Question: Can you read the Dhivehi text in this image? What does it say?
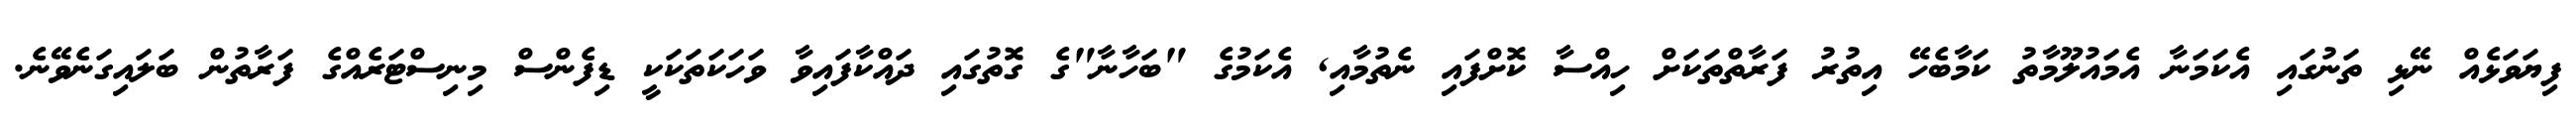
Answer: ފިޔަވަޅެއް ނޭޅި ތަނުގައި އެކަމަނާ އެމައުލޫމާތު ކަމާބެހޭ އިތުރު ފަރާތްތަކަށް ހިއްސާ ކޮށްފައި ނެތުމާއި, އެކަމުގެ "ބަހާނާ"ގެ ގޮތުގައި ދައްކާފައިވާ ވަހަކަތަކަކީ ޑިފެންސް މިނިސްޓަރެއްގެ ފަރާތުން ބަލައިގަނެވޭނެ.